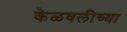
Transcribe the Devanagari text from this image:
केळवलीच्या